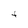
Character: t